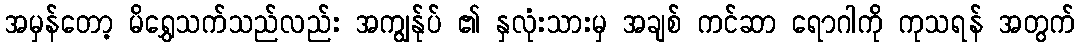
အမှန်တော့ မိရွှေသက်သည်လည်း အကျွန်ုပ် ၏ နှလုံးသားမှ အချစ် ကင်ဆာ ရောဂါကို ကုသရန် အတွက်